Indian journal of veterinary science and animal husbandry - Volume 4,
Year: 1934
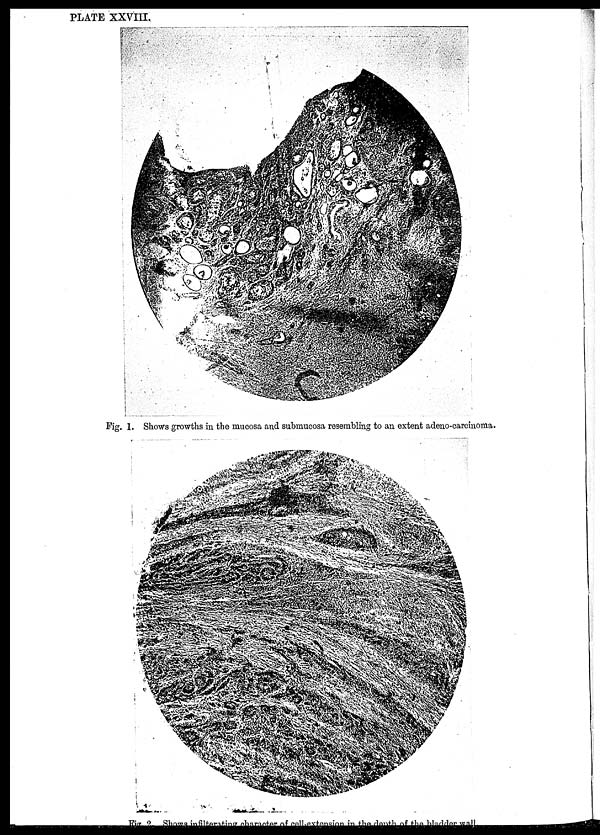
PLATE XXVIII.
Fig. 1. Shows growths in the mucosa and submucosa resembling to an extent adeno-carcinoma.
Fig 2.
Shows
in
filterating
charecter
of
cell-extention
in the depth of the bladder wall.